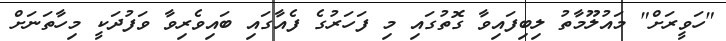
"ހަވީރަށް" މައުލޫމާތު ލިބިފައިވާ ގޮތުގައި މި ފަހަރުގެ ފެއާގައި ބައިވެރިވާ ވަފުދަކީ މިހާތަނަށް